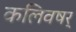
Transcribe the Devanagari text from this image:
कलिवषर्